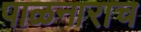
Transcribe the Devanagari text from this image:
पाळनाराच